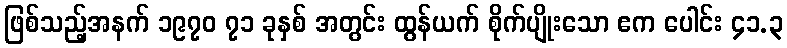
ဖြစ်သည့်အနက် ၁၉၇၀ ၇၁ ခုနှစ် အတွင်း ထွန်ယက် စိုက်ပျိုးသော ဧက ပေါင်း ၄၁.၃